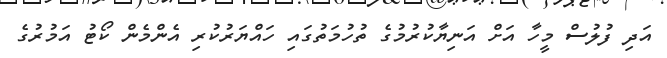
އަދި ފުލުސް މީހާ އަށް އަނިޔާކުރުމުގެ ތުހުމަތުގައި ހައްޔަރުކުރި އެންމެން ކޯޓު އަމުރުގެ